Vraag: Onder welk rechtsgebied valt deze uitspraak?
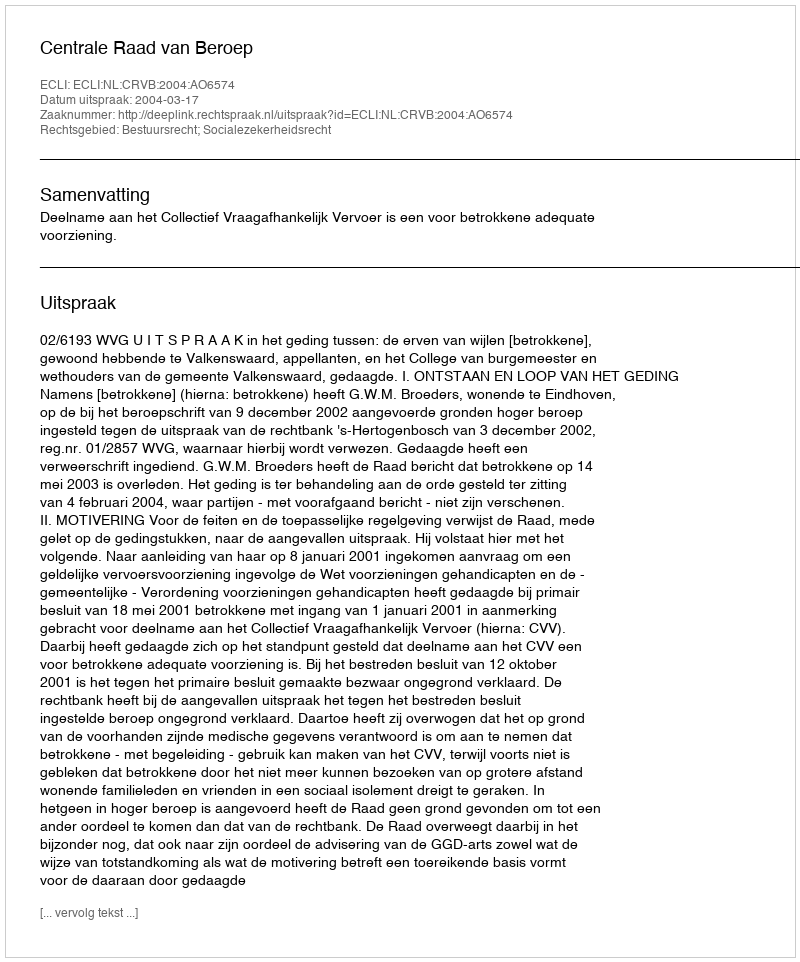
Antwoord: Bestuursrecht; Socialezekerheidsrecht